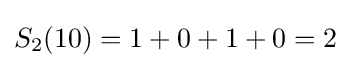
S_{2}(10)=1+0+1+0=2